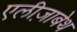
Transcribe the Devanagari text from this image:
एलीज़ाबेथ